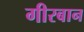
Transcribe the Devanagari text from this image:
गीरबान